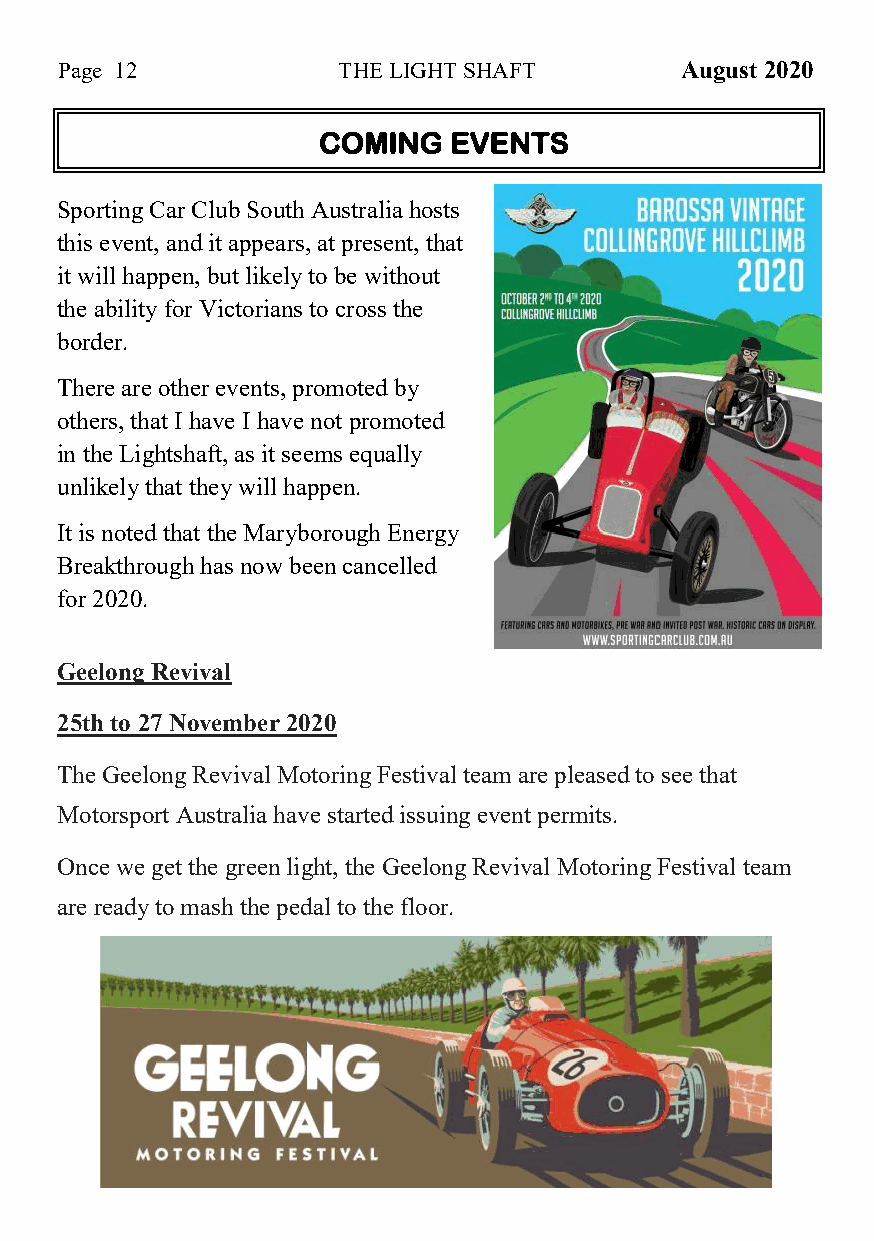
Page 12           THE LIGHT SHAFT        August 2020
 COMING   EVENTS
 Sporting Car Club South Australia hosts
 this event, and it appears, at present, that
 it will happen, but likely to be without
 the ability for Victorians to cross the
 border.
 There are other events, promoted by
 others, that I have I have not promoted
 in the Lightshaft, as it seems equally
 unlikely that they will happen.
 It is noted that the Maryborough Energy
 Breakthrough has now been cancelled
 for 2020.
 Geelong Revival
 25th to 27 November 2020
 The Geelong Revival Motoring Festival team are pleased to see that
 Motorsport Australia have started issuing event permits.
 Once we get the green light, the Geelong Revival Motoring Festival team
 are ready to mash the pedal to the floor.